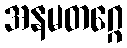
အနမတဂ္ဂေ